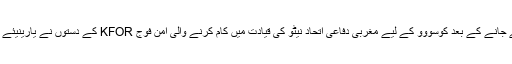
کوسووو اور سربیا کے درمیان اس سرحدی گزر گاہ کے نذر آتش کیے جانے کے بعد کوسووو کے لیے مغربی دفاعی اتحاد نیٹو کی قیادت میں کام کرنے والی امن فوج KFOR کے دستوں نے یارینیئے کی چیک پوسٹ کے ارد گرد کے علاقے کو اپنے گھیرے میں لے لیا۔